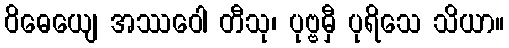
ဝိဓေယျေ အဿဝေါ တီသု၊ ပုဗ္ဗမှီ ပုရိသေ သိယာ။